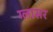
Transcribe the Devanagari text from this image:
ग्लासर